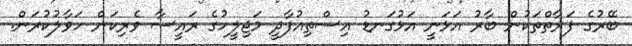
ބޭރުގެ ފަރާތްތަކުން ބާރު އަޅަނީ އަޅުގަނޑު އިސްތިއުފާދީ މަޖިލީހުގެ ރައީސާ ވެރިކަން ހަވާލުކުރަން.